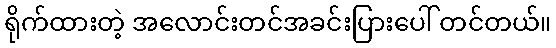
ရိုက်ထားတဲ့ အလောင်းတင်အခင်းပြားပေါ် တင်တယ်။